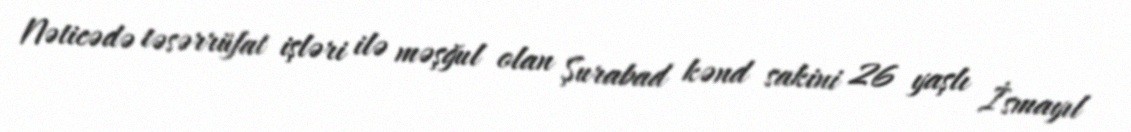
Nəticədə təsərrüfat işləri ilə məşğul olan Şurabad kənd sakini 26 yaşlı İsmayıl